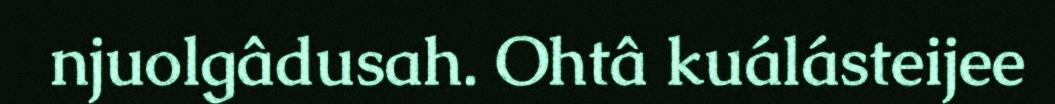
njuolgâdusah. Ohtâ kuálásteijee